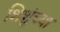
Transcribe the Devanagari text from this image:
शिशुंच्या